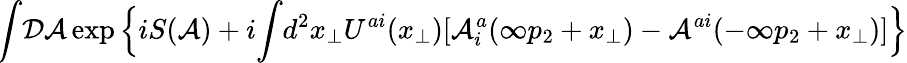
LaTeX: \! \int\! {\cal D}{\cal A}\exp\Big\{ iS({\cal A})+i\! \int\! d^{2}x_{\perp}U^{ai}(x_{\perp})[{\cal A}_{i}^{a}(\infty p_{2}+x_{\perp})-{\cal A}^{ai}(-\infty p_{2}+x_{\perp})]\Big\}